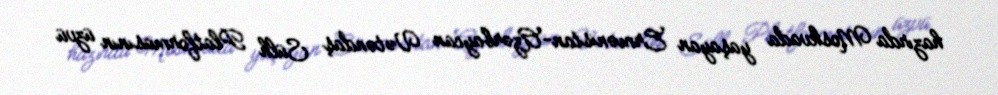
hazırda Moskvada yaşayan Ermənistan-Azərbaycan Vətəndaş Sülh Platformasının üzvü